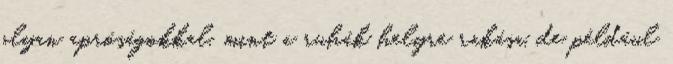
olyan apróságokkal, mint a ruhák helyre rakása, de például